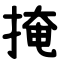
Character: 掩